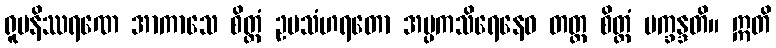
ရူပနိဿရဏေ အာကာသေ စိတ္တံ ဥပသံဟရတော အပ္ပကသိရေနေဝ တတ္ထ စိတ္တံ ပက္ခန္ဒတိ။ ဣတိ